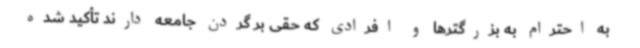
به احترام به بزرگترها و افرادی که حقی بر گردن جامعه دارند تأکید شده